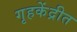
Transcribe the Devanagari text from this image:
गृहकेंद्रीत